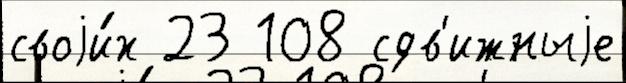
своjи́х 23 108 сдв'ижныjе